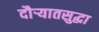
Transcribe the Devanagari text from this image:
दौर्‍यातसुद्धा